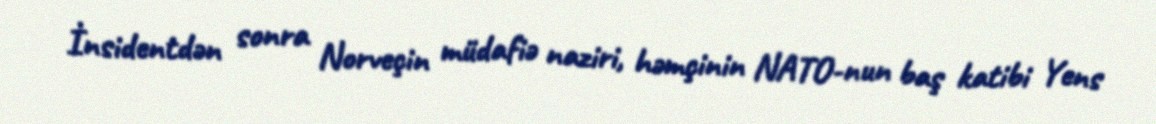
İnsidentdən sonra Norveçin müdafiə naziri, həmçinin NATO-nun baş katibi Yens